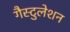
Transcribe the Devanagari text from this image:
गैस्टुलेशन